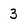
Character: 3